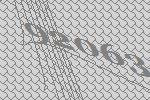
92063